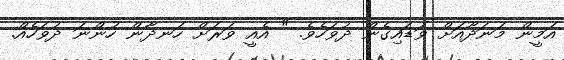
އަމީން މަނަދޫއަށް ވަޑައިގެން ދުވަހެވެ. " އެއީ ވަރަށް ހަނދާން ހުންނަ ދުވަހެއް.